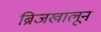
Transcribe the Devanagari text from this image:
ब्रिजखालून